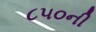
૮૫૦ની